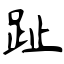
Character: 趾